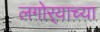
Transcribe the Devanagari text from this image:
लगोर्‍याच्या